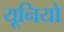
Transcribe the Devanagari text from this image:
यूनियो